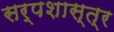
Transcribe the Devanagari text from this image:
सर्पशास्त्र